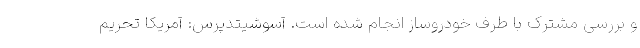
و بررسی مشترک با طرف خودروساز انجام شده است. آسوشیتدپرس: آمریکا تحریم